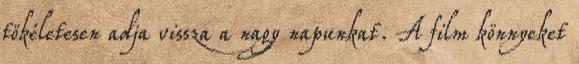
tökéletesen adja vissza a nagy napunkat. A film könnyeket